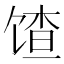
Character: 馇